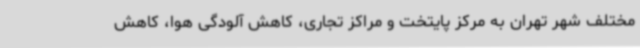
مختلف شهر تهران به مرکز پایتخت و مراکز تجاری، کاهش آلودگی هوا، کاهش